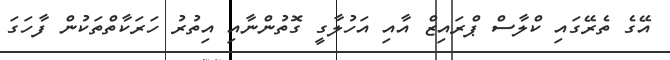
އޭގެ ތެރޭގައި ކްލާސް ޕްރައިޒް އާއި އަހުލާގީ ގޮތުންނާއި އިތުރު ހަރަކާތްތަކުން ފާހަގަ